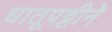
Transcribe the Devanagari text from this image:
धातूपट्टीने